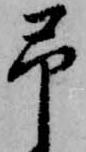
予